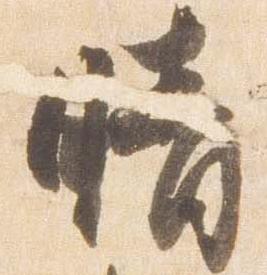
晴